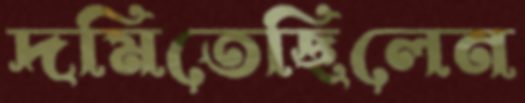
দমিতেছিলেন